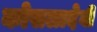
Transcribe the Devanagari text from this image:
कोसलादेवी